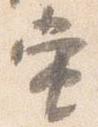
当